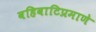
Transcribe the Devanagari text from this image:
वहिवाटिप्रमाणे